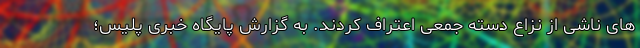
های ناشی از نزاع دسته جمعی اعتراف کردند. به گزارش پایگاه خبری پلیس؛